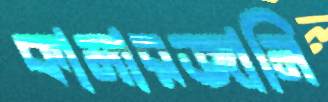
কামারজানি